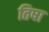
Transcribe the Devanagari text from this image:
तिषा